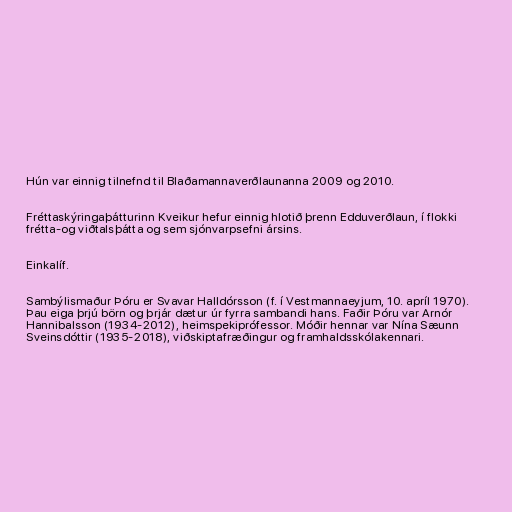
Hún var einnig tilnefnd til Blaðamannaverðlaunanna 2009 og 2010.

Fréttaskýringaþátturinn Kveikur hefur einnig hlotið þrenn Edduverðlaun, í flokki
frétta-og viðtalsþátta og sem sjónvarpsefni ársins.

Einkalíf.

Sambýlismaður Þóru er Svavar Halldórsson (f. í Vestmannaeyjum, 10. apríl 1970).
Þau eiga þrjú börn og þrjár dætur úr fyrra sambandi hans. Faðir Þóru var Arnór
Hannibalsson (1934-2012), heimspekiprófessor. Móðir hennar var Nína Sæunn
Sveinsdóttir (1935-2018), viðskiptafræðingur og framhaldsskólakennari.